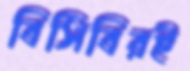
বিসিবিরই